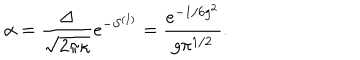
\alpha = \frac { \Delta } { \sqrt { 2 \pi \kappa } } e ^ { - S ^ { ( I ) } } = \frac { e ^ { - 1 / 6 g ^ { 2 } } } { g \pi ^ { 1 / 2 } } .